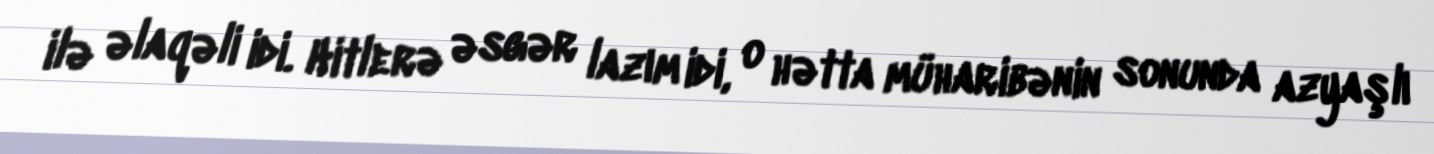
ilə əlaqəli idi. Hitlerə əsgər lazım idi, o hətta müharibənin sonunda azyaşlı